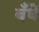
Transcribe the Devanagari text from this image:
बँधें